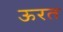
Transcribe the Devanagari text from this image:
ऊरत